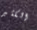
الكثير